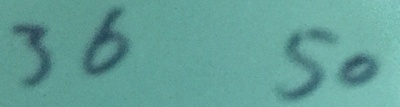
3 6 5 0